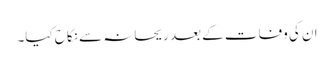
ان کی وفات کے بعد ریحانہ سے نکاح کیا۔